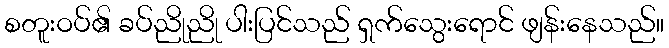
စတူးဝပ်၏ ခပ်ညိုညို ပါးပြင်သည် ရှက်သွေးရောင် ဖျန်းနေသည်။